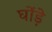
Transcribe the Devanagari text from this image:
घोंड़े